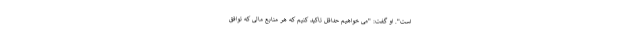
است". او گفت: "می خواهیم حداقل تاکید کنیم که هر منابع مالی که توافق